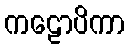
ကဠောပိကာ